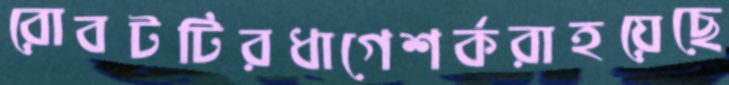
রোবটটিরধাগেশর্করাহয়েছে